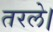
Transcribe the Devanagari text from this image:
तरले।